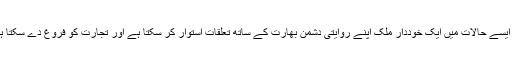
کیا ایسے حالات میں ایک خوددار ملک اپنے روایتی دشمن بھارت کے ساتھ تعلقات استوار کر سکتا ہے اور تجارت کو فروغ دے سکتا ہے۔